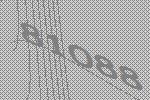
81088